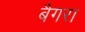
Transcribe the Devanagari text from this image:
बैगरा